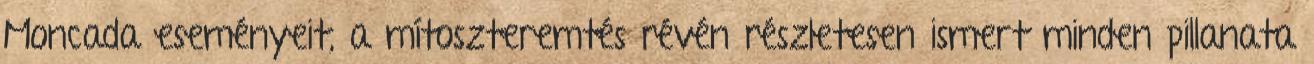
Moncada eseményeit, a mítoszteremtés révén részletesen ismert minden pillanata